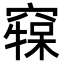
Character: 𥧷